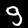
Label: 9